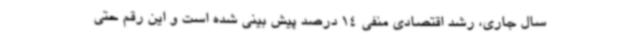
سال جاری، رشد اقتصادی منفی 14 درصد پیش بینی شده است و این رقم حتی